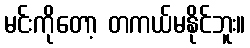
မင်းကိုတော့ တကယ်မနိုင်ဘူး။